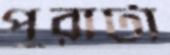
পুরাটা